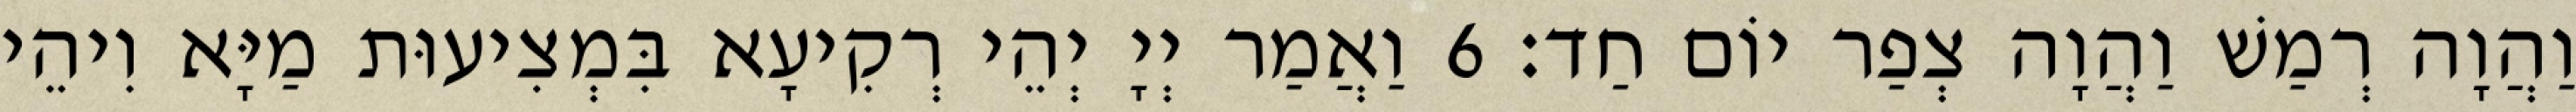
וַהֲוָה רְמַשׁ וַהֲוָה צְפַר יוֹם חַד׃ 6 וַאֲמַר יְיָ יְהֵי רְקִיעָא בִּמְצִיעוּת מַיָּא וִיהֵי